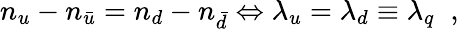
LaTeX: n_{u}-n_{\bar{u}}=n_{d}-n_{\bar{d}}\Leftrightarrow\lambda_{u}=\lambda_{d}\equiv\lambda_{q}\; \; ,